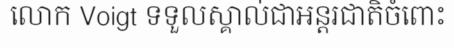
លោក Voigt ទទួលស្គាល់ជាអន្តរជាតិចំពោះ